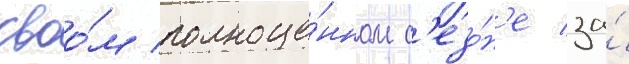
своо́м полноце́нном с'езо́н'е за́